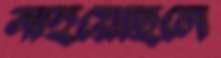
নাইয়েছিলে